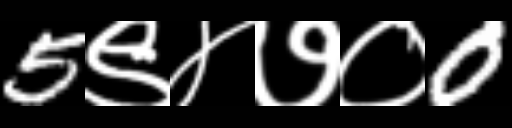
Text: 5९४७०0